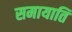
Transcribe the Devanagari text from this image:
समायाति